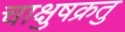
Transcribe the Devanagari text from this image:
चाक्षुषक्रतु